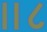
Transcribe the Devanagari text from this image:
॥८